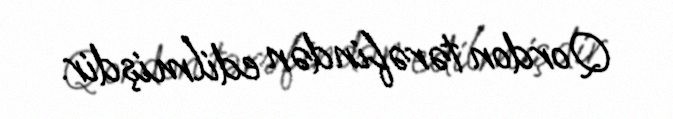
Qordon tərəfindən edilmişdir.